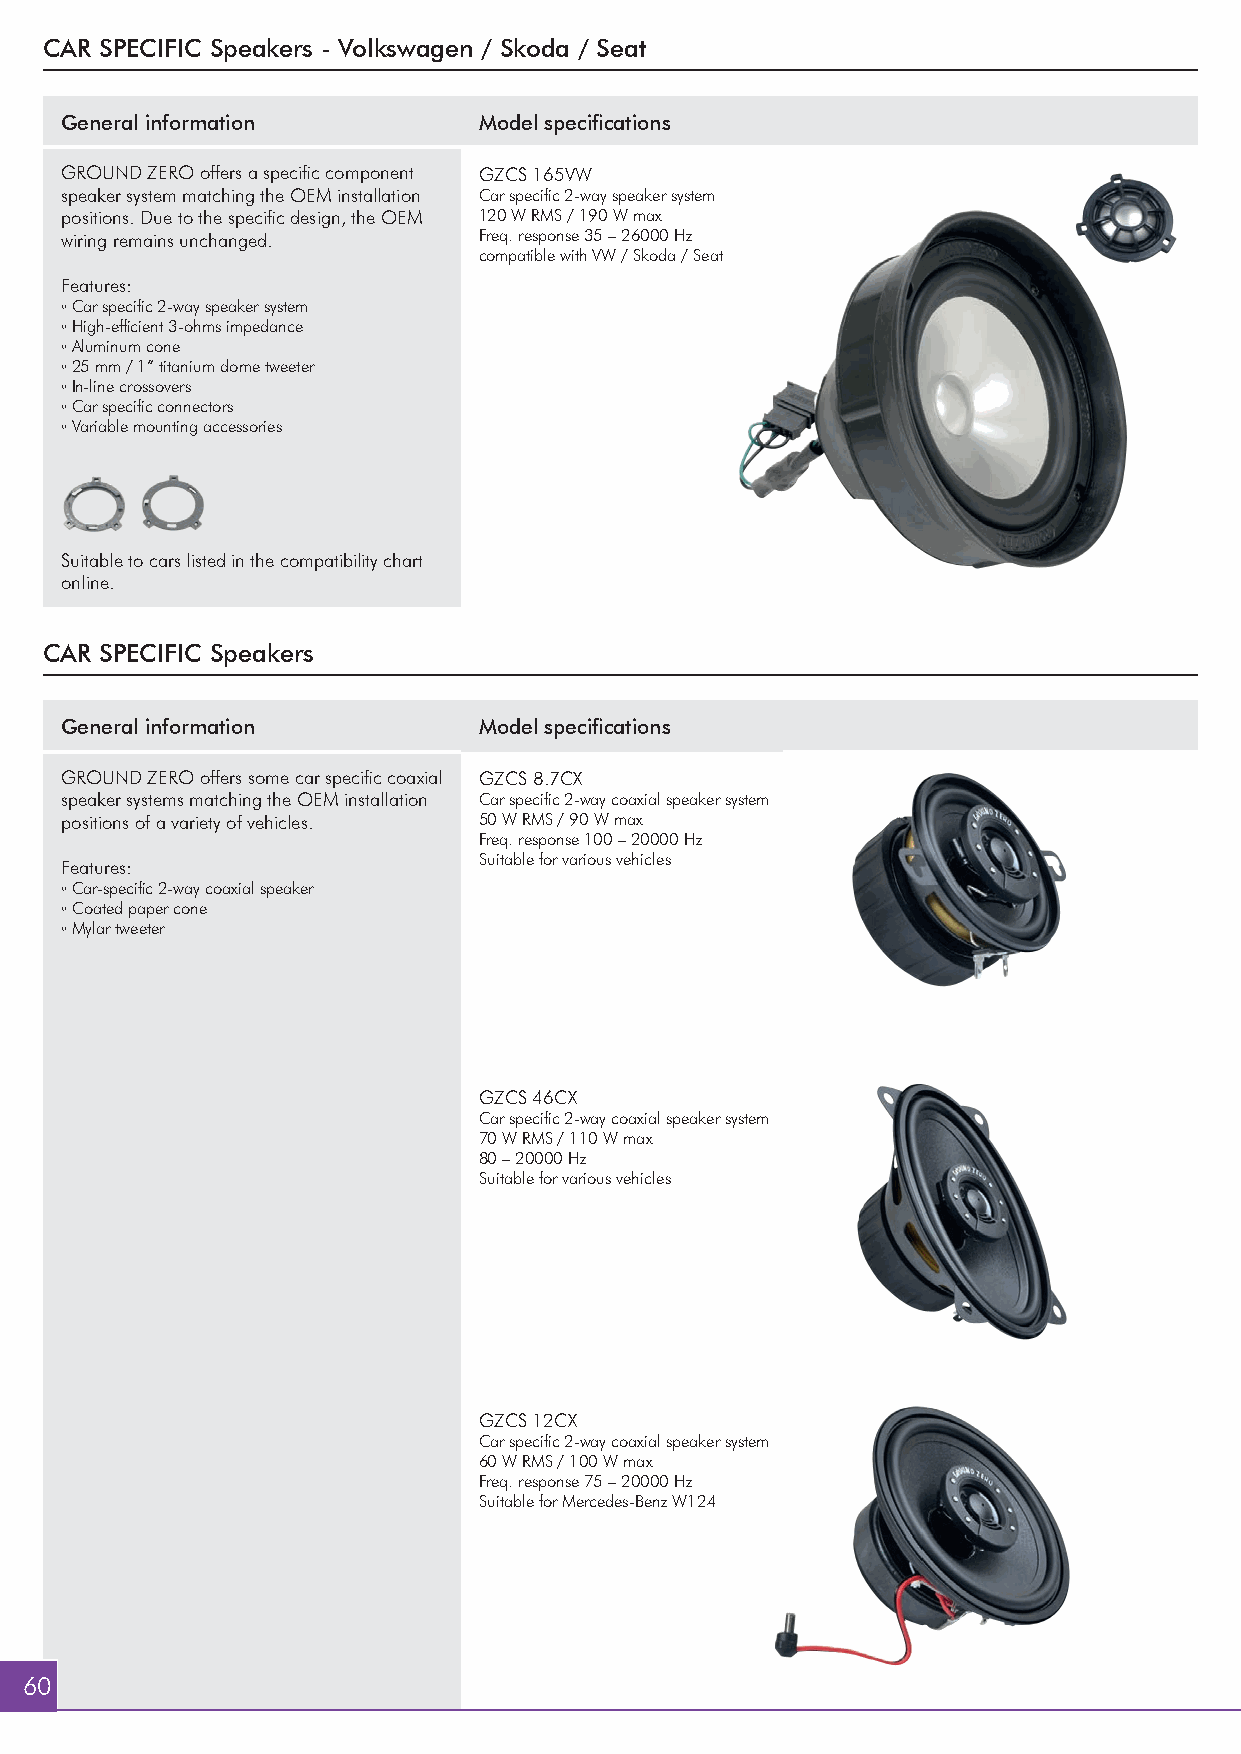
CAR SPECIFIC Speakers - Volkswagen / Skoda / Seat
 General information         Model specifications
 GROUND ZERO offers a specific component GZCS 165VW
 speaker system matching the OEM installation Car specific 2-way speaker system
 positions. Due to the specific design, the OEM 120 W RMS / 190 W max
 wiring remains unchanged.   Freq. response 35 – 26000 Hz
 compatible with VW / Skoda / Seat
 Features:
 ◦ Car specific 2-way speaker system
 ◦ High-efficient 3-ohms impedance
 ◦ Aluminum cone
 ◦ 25 mm / 1” titanium dome tweeter
 ◦ In-line crossovers
 ◦ Car specific connectors
 ◦ Variable mounting accessories
 Suitable to cars listed in the compatibility chart
 online.
 CAR SPECIFIC Speakers
 General information         Model specifications
 GROUND ZERO offers some car specific coaxial GZCS 8.7CX
 speaker systems matching the OEM installation Car specific 2-way coaxial speaker system
 positions of a variety of vehicles. 50 W RMS / 90 W max
 Freq. response 100 – 20000 Hz
 Suitable for various vehicles
 Features:
 ◦ Car-specific 2-way coaxial speaker
 ◦ Coated paper cone
 ◦ Mylar tweeter
 GZCS 46CX
 Car specific 2-way coaxial speaker system
 70 W RMS / 110 W max
 80 – 20000 Hz
 Suitable for various vehicles
 GZCS 12CX
 Car specific 2-way coaxial speaker system
 60 W RMS / 100 W max
 Freq. response 75 – 20000 Hz
 Suitable for Mercedes-Benz W124
 60